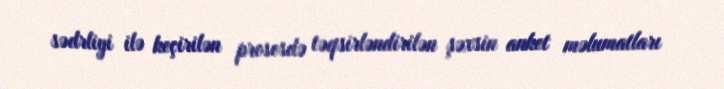
sədrliyi ilə keçirilən prosesdə təqsirləndirilən şəxsin anket məlumatları